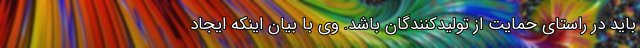
باید در راستای حمایت از تولیدکنندگان باشد. وی با بیان اینکه ایجاد